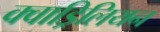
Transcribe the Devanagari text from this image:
क्वाड्रिलियन